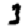
Digit: 3